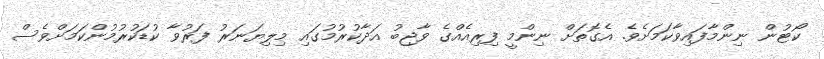
ކޯޓުން ނިންމާފައިވާކަމަށެވެ. އެގޮތަށް ނިންމީ ފިރިއެއްގެ ވާޖިބު އަދާކުރުމުގައި މިލިޔަނަރު ފަރުވާ ކުޑަކުރުމުންކަމަށްވެސް